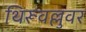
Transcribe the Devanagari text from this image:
थिरूवल्लुवर